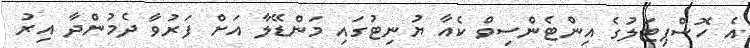
އެ ހޮސްޕިޓަލުގެ އިންޓެންސިވް ކެއާ ޔުނިޓުގައި މަންޑޭލާ އަށް ފަރުވާ ދެމުންދާ އިރު